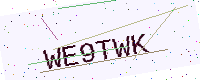
Text: WE9TWK